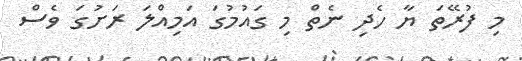
މި ފުރޭތަ ޔާ ހެދި ނެތް މި ގައުމުގަ އަމިއްލަ ރަށުގަ ވެސް